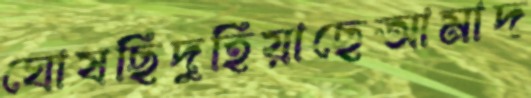
ঘোষছিদুহিয়াছেআমাদ